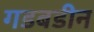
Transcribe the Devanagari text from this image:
गडबडीन